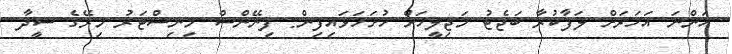
އަންނަ އަހަރަށް ލަފާކުރާ ބަޖެޓު މަޖިލީހަށް ހުށަހަޅައިފިން: ފިނޭންސް މިނިސްޓަރު މިރޭގެ ސީދާ